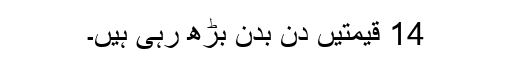
14 قیمتیں دن بدن بڑھ رہی ہیں۔